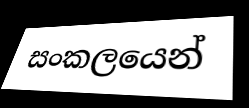
සංකලයෙන්